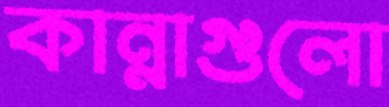
কান্নাগুলো